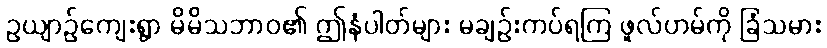
ဥယျာဉ်ကျေးရွာ မိမိသဘာဝ၏ ဤနံပါတ်များ မချဉ်းကပ်ရကြ ဖူလ်ဟမ်ကို ခြံသမား